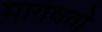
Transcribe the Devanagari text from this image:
मागवतो